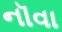
નૉવા